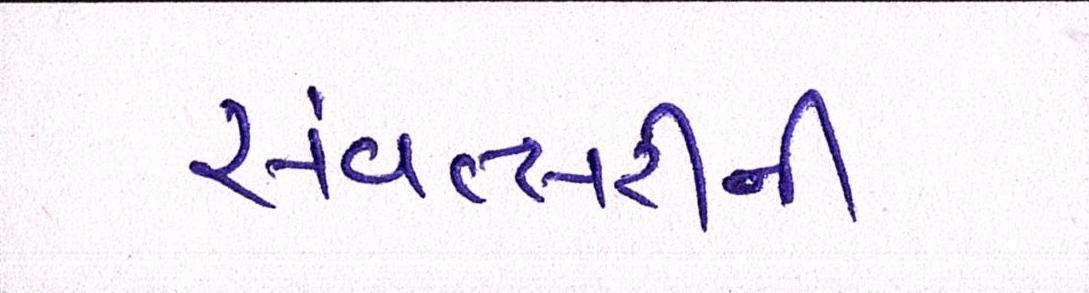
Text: સંવત્સરીની